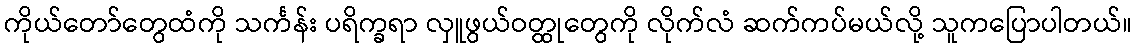
ကိုယ်တော်တွေထံကို သင်္ကန်း ပရိက္ခရာ လှူဖွယ်ဝတ္ထုတွေကို လိုက်လံ ဆက်ကပ်မယ်လို့ သူကပြောပါတယ်။